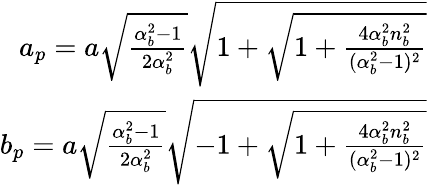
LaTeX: \begin{array}{r}{a_{p}=a\sqrt{\frac{\alpha_{b}^{2}-1}{2\alpha_{b}^{2}}}\sqrt{1+\sqrt{1+\frac{4\alpha_{b}^{2}n_{b}^{2}}{(\alpha_{b}^{2}-1)^{2}}}}}\\ {b_{p}=a\sqrt{\frac{\alpha_{b}^{2}-1}{2\alpha_{b}^{2}}}\sqrt{-1+\sqrt{1+\frac{4\alpha_{b}^{2}n_{b}^{2}}{(\alpha_{b}^{2}-1)^{2}}}}}\end{array}